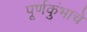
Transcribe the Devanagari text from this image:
पूर्णकुंभाचे